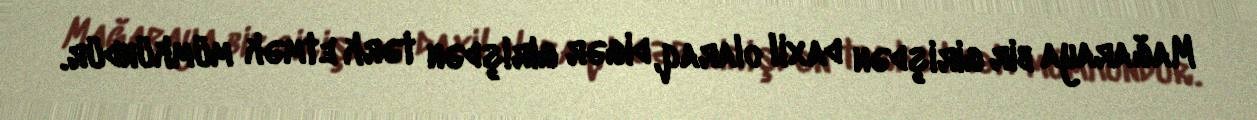
Mağaraya bir girişdən daxil olaraq, digər girişdən tərk etmək mümkündür.